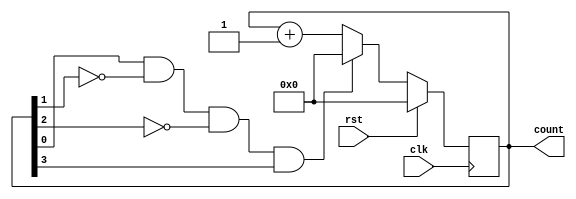
module decade_counter(clk, rst, count);
  input clk;
  input rst;
  output reg [3:0] count;
  
  always @(posedge clk) begin
    if (rst)
      count <= 4'b0000;
    else begin
      if (count[0] == 1 && count[1] == 0 &&count[2] == 0 && count[3]==1)
        count<=4'b0000;
      else
        count = count + 1'b1;      
    end
  end
endmodule

module test_decade_counter;
  reg clk;
  reg rst;
  wire [3:0] count;
  
  decade_counter uut(clk, rst, count);
  
  always #5 clk = ~clk;
  
  initial begin 
    clk=0;rst=0;#10;
    rst=1;#10;
    rst=0;#200;
    $stop;
  end
endmodule